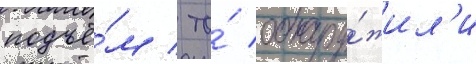
подъё́м / то́ обнару́жил'и